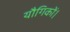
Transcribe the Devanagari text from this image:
यौगिकों।